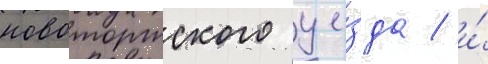
новоторжского уе́зда / и́